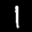
Label: 1